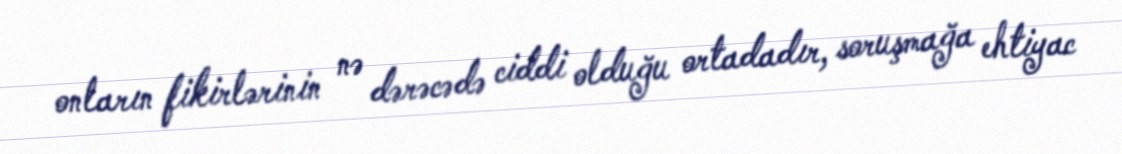
onların fikirlərinin nə dərəcədə ciddi olduğu ortadadır, soruşmağa ehtiyac